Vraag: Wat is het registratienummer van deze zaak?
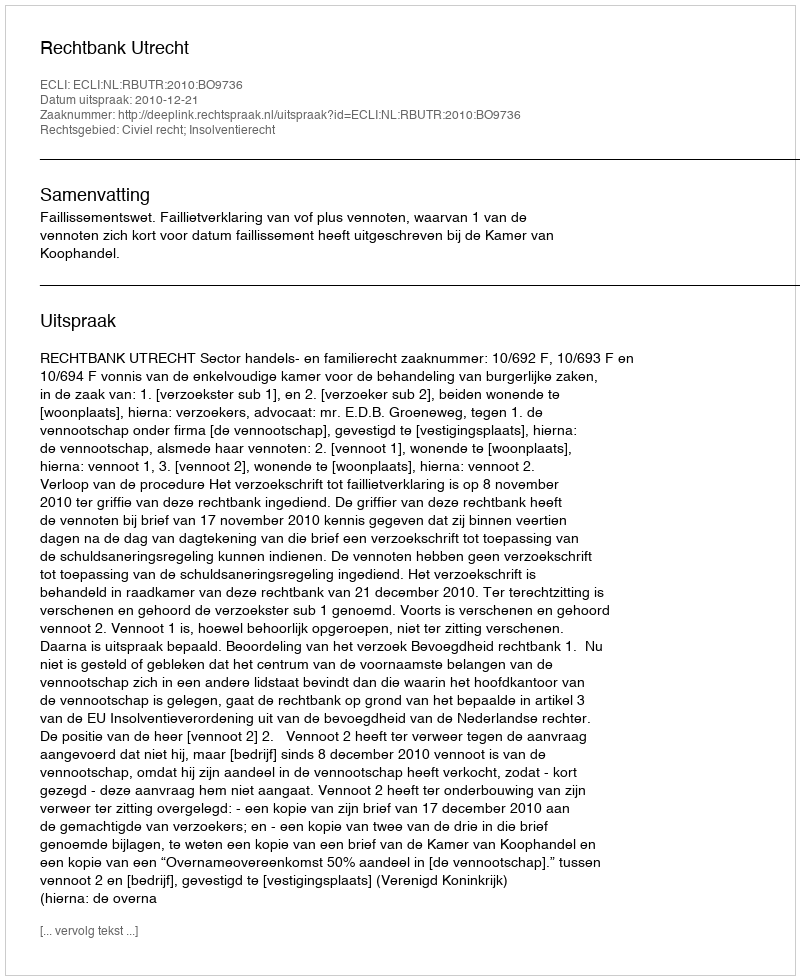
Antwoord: http://deeplink.rechtspraak.nl/uitspraak?id=ECLI:NL:RBUTR:2010:BO9736